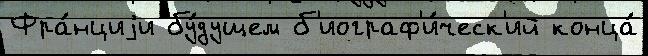
Фра́нциjи бу́дущем б'иограф'и́ческ'ий конца́